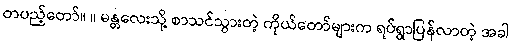
တပည့်တော်။ ။ မန္တလေးသို့ စာသင်သွားတဲ့ ကိုယ်တော်များက ရပ်ရွာပြန်လာတဲ့ အခါ